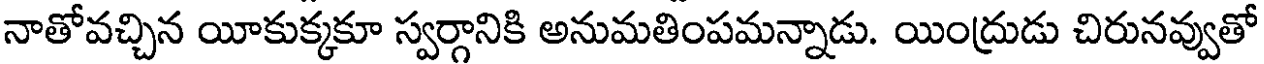
నాతోవచ్చిన యీకుక్కకూ స్వర్గానికి అనుమతింపమన్నాడు. యింద్రుడు చిరునవ్వుతో